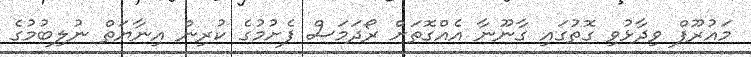
މައުރޫފް ވިދާޅުވި ގޮތުގައި ގާނޫނާ އެއްގޮތަށް ރޯދަމަސް ފެށުމުގެ ކުރިން އިނާޔަތް ނުލިބުމުގެ